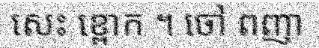
សេះ ខ្ពោក ។ ចៅ ពញា